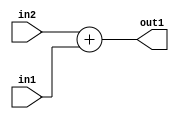
`timescale 1ps / 1ps
/*****************************************************************************
    Verilog RTL Description
    
    
    Created by: Stratus DpOpt 2019.1.01 
*******************************************************************************/

module GauFilter_Add_8Ux8U_8U_4 (
	in2,
	in1,
	out1
	); /* architecture "behavioural" */ 
input [7:0] in2,
	in1;
output [7:0] out1;
wire [7:0] asc001;

assign asc001 = 
	+(in2)
	+(in1);

assign out1 = asc001;
endmodule

/* CADENCE  urf5SQg= : u9/ySgnWtBlWxVPRXgAZ4Og= ** DO NOT EDIT THIS LINE ******/